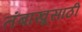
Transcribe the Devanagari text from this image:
तंबाखूसाठी